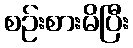
စဉ်းစားမိပြီး